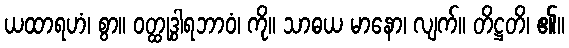
ယထာရဟံ၊ စွာ။ ဝတ္ထုဒွါရဘာဝံ၊ ကို။ သာဓယ မာနော၊ လျက်။ တိဋ္ဌတိ၊ ၏။